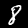
Label: 8